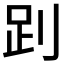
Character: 𧿀